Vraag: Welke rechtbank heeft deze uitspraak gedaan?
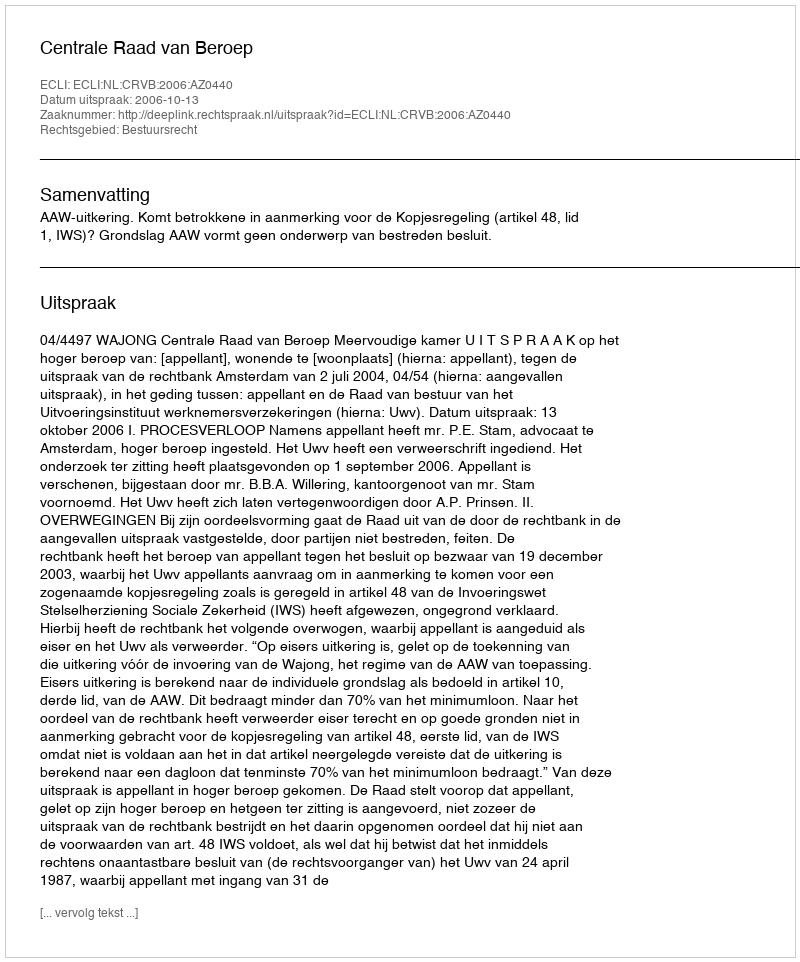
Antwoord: Centrale Raad van Beroep